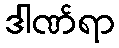
ဒါဏ်ရာ